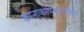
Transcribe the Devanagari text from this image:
कानाकोपर्‍यातल्या